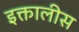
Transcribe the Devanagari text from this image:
इक्तालीस